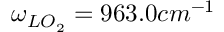
\omega _ { L O _ { 2 } } = 9 6 3 . 0 c m ^ { - 1 }